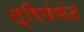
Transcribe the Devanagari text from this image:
त्रियंफंट